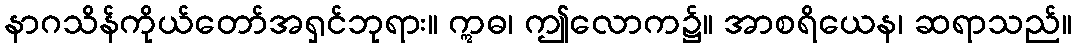
နာဂသိန်ကိုယ်တော်အရှင်ဘုရား။ ဣဓ၊ ဤလောက၌။ အာစရိယေန၊ ဆရာသည်။